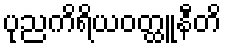
ပုညကိရိယဝတ္ထူနီတိ